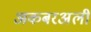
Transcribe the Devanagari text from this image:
अकबरअली